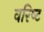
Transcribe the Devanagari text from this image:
वरिष्‍ट